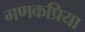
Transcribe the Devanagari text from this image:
गणकप्रिया